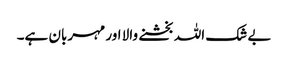
بے شک اللہ بخشنے والا اور مہربان ہے۔